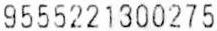
9555221300275